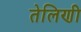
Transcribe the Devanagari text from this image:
तेलिणी